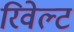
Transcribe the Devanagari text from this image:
रिवेल्ट